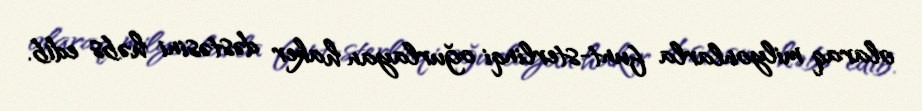
olaraq milyonlarla funt-sterlinqi oğurlayan haker dəstəsini həbs edib.